Petrogradi_Kontroll-Opteerimise_Komisjon, lk 40
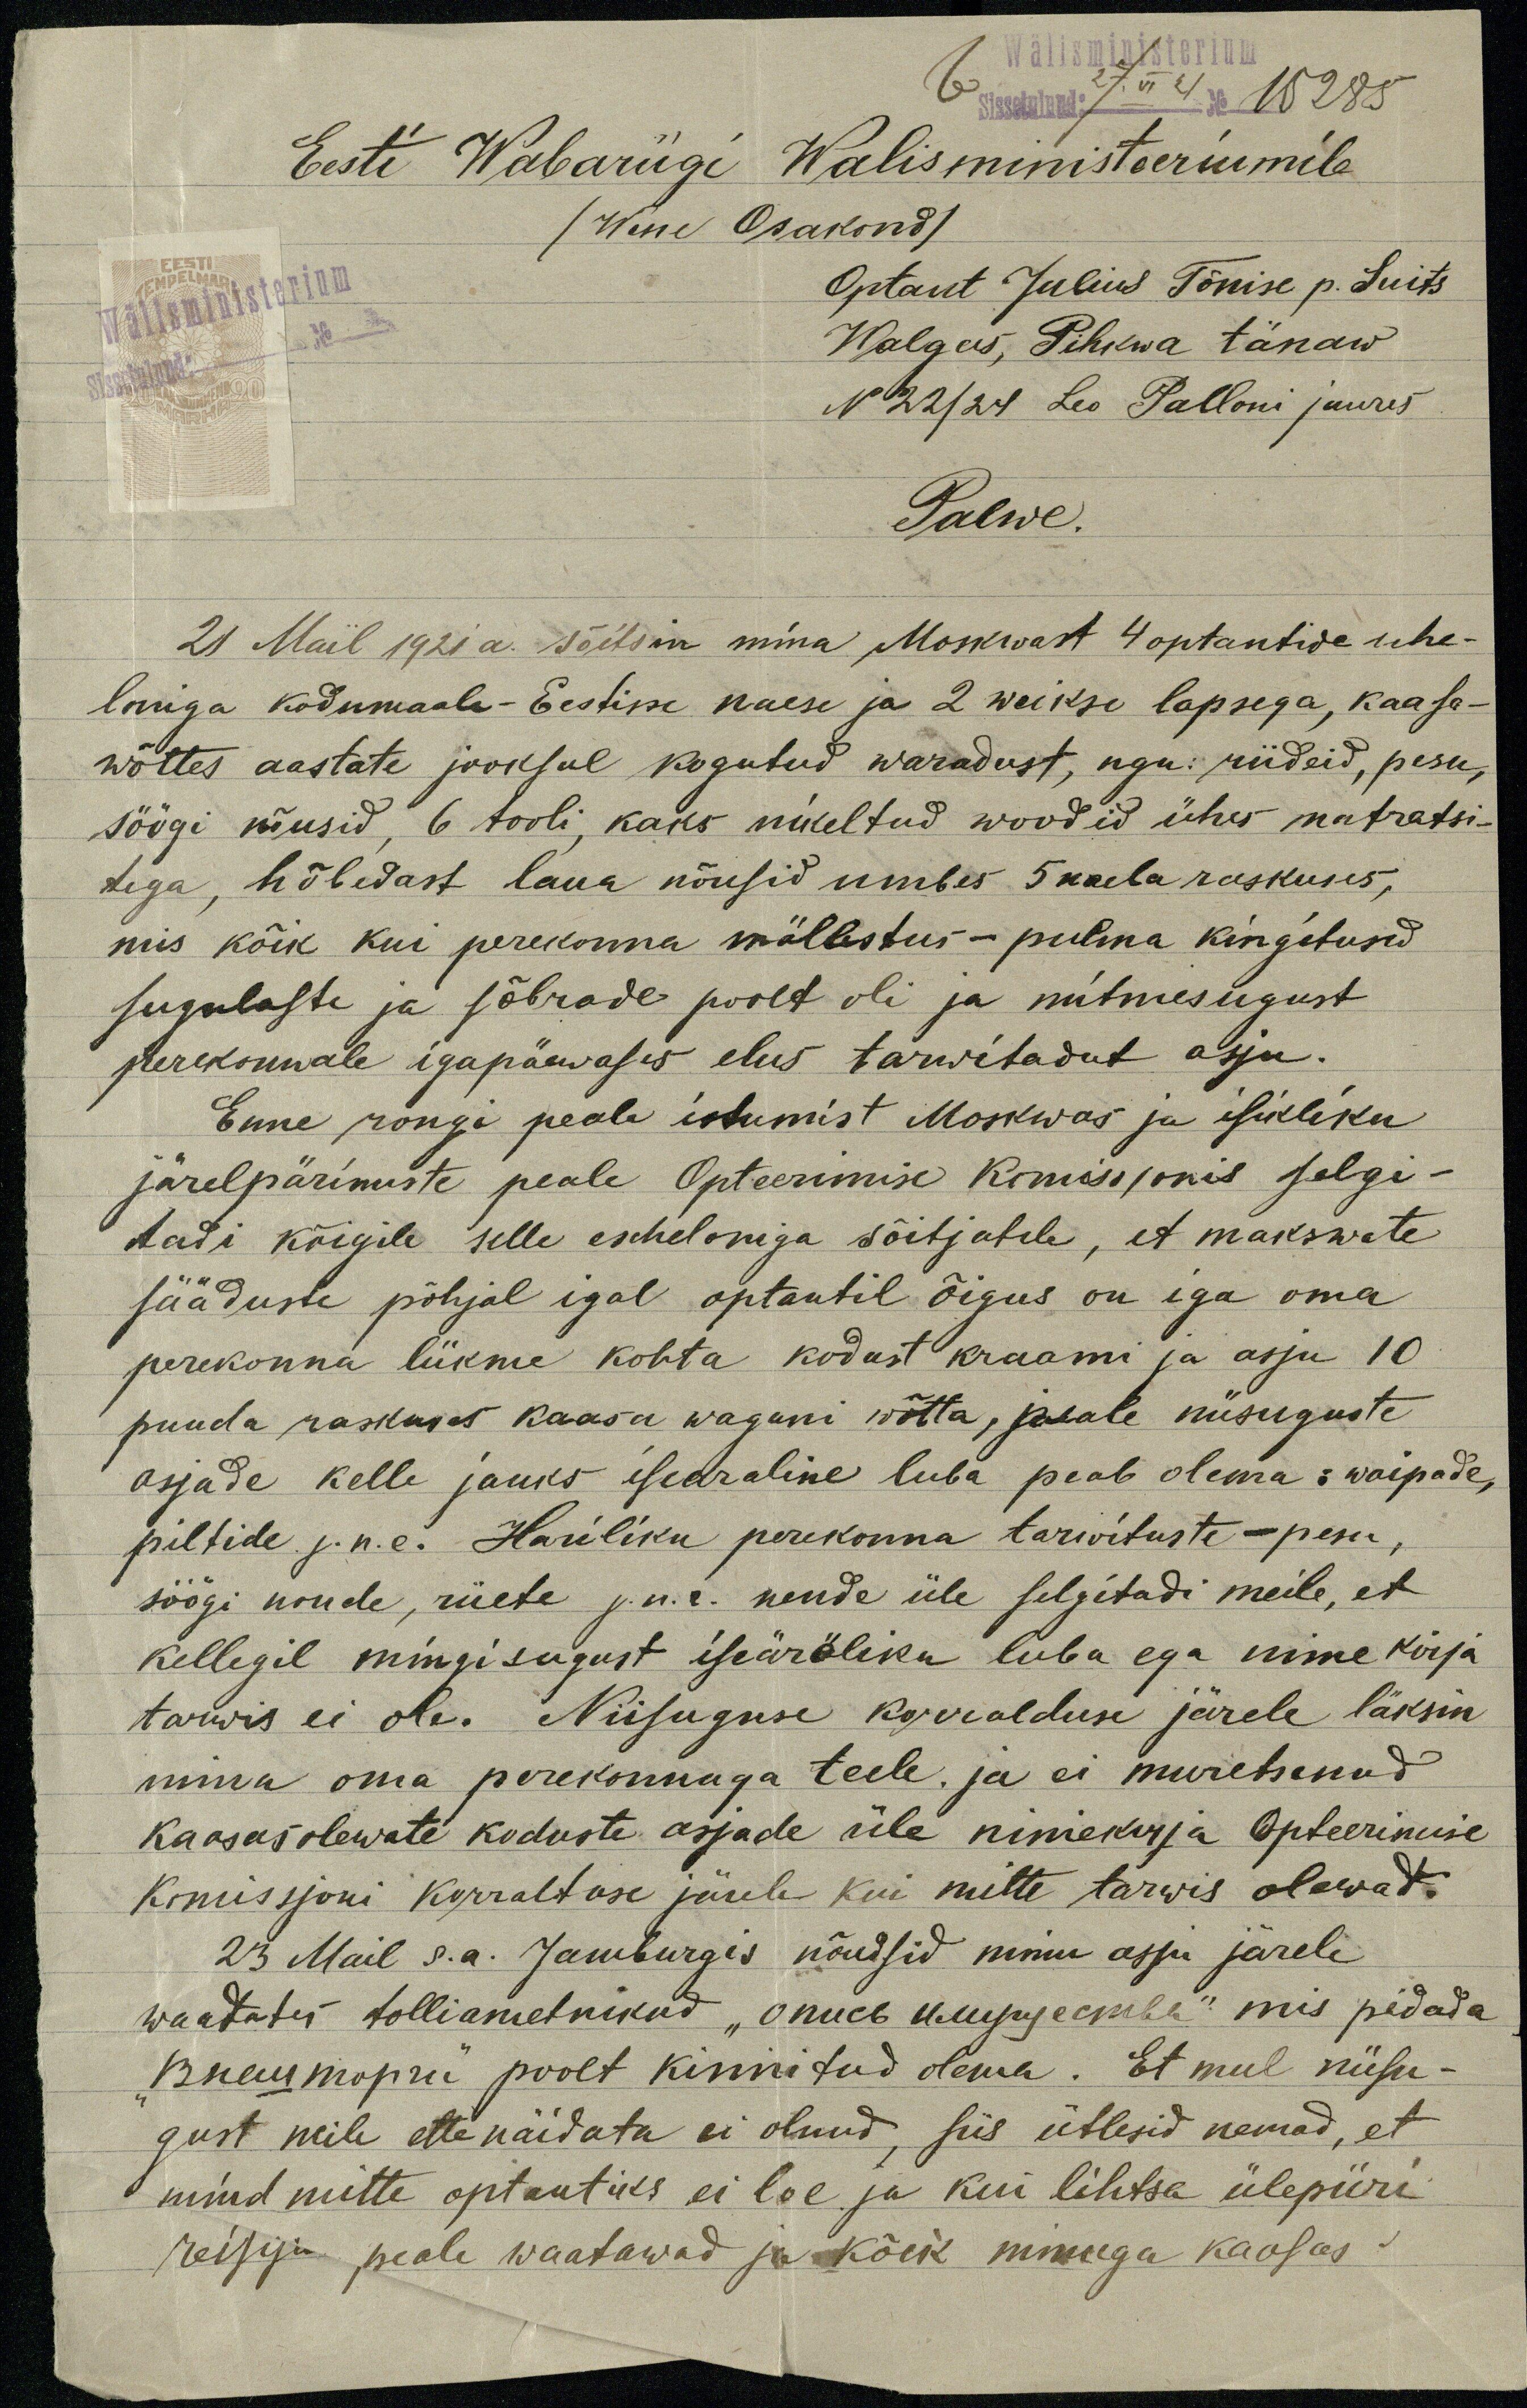
Wälisministerium
b Sissetulnud: 27/VI 21 No 15285
Eesti Wabariigi Walisministeeriumile
/Wene Osakond/
Wälisministerium
Sissetulnud: _ No _
Optant Julius Tõnise p. Suits
Walgas, Pihkwa tänaw
N22/24 Leo Palloni juures
Palwe.
21 Mail 1921 a. sõitsin mina Moskwast 4 optantide sche-
loniga kodumaale - Eestisse naese ja 2 weikse lapsega, kaasa-
wõttes aastate jooksul kogutud waradust, nagu: riideid, pesu,
söögi nõusid, 6 tooli, kaks nikeltud woodid ühes matratsi-
tega, hõbedast laua nõusid umbes 5 naela raskuses,
mis kõik kui perekonna mällestus - pulma kingitused
sugulaste ja sõbrade poolt oli ja mitmesugust
perekonnale igapäewases elus tarwitadut asju.
Enne rongi peale istumist Moskwas ja isikliku
järelpärimiste peale Opteerimise Komissjonis selgi-
tadi kõigile selle escheloniga sõitjatele, et makswate
sääduste põhjal igal optantil õigus on iga oma
perekonna liikme kohta kodust kraami ja asju 10
puuda raskuses kaasa waguni wõtta, peale niisuguste
asjade kelle jauks isearaline luba peab olema: waipade,
piltide j.n.e. Hariliku perekonna tarwituste - pesu,
söögi noude, riiete j.n.e. nende üle selgitadi meile, et
kellegil mingisugust iseäräliku luba ega nime kirja
tarwis ei ole. Niisuguse korralduse järele läksin
mina oma perekonnaga teele, ja ei muretsenud
kaasasolewate koduste asjade üle nimekirja Opteerimise
Komissjoni korraltuse järele kui mitte tarwis olewat.
23 Mail s.a. Jamburgis nõudsid minu asju järele
waadates tolliametnikud "описъ имущества" mis pidada
"Кнелиторий" роolt kinnitud olema. Et mul niisu-
gust neile ette näidata ei olnud, siis ütlesid nemad, et
mind mitte optantiks ei loe ja kui lihtsa ülepiiri
reisija peale waatawad ja kõik minuga kaasas